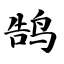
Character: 鹄